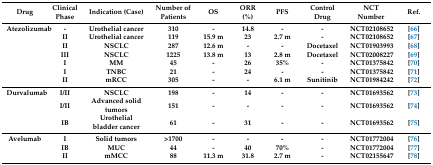
<table><thead><tr><td><b>Drug</b></td><td><b>Clinical Phase</b></td><td><b>Indication (Case)</b></td><td><b>Number of Patients</b></td><td><b>OS</b></td><td><b>ORR (%)</b></td><td><b>PFS</b></td><td><b>Control Drug</b></td><td><b>NCT Number</b></td><td><b>Ref.</b></td></tr></thead><tbody><tr><td><b>Atezolizumab</b></td><td><b>-</b></td><td><b>Urothelial cancer</b></td><td><b>310</b></td><td><b>-</b></td><td><b>14.8</b></td><td><b>-</b></td><td><b>-</b></td><td><b>NCT02108652</b></td><td><b>[66]</b></td></tr><tr><td></td><td><b>II</b></td><td><b>Urothelial cancer</b></td><td><b>119</b></td><td><b>15.9 m</b></td><td><b>23</b></td><td><b>2.7 m</b></td><td><b>-</b></td><td><b>NCT02108652</b></td><td><b>[67]</b></td></tr><tr><td></td><td><b>II</b></td><td><b>NSCLC</b></td><td><b>287</b></td><td><b>12.6 m</b></td><td><b>-</b></td><td><b>-</b></td><td><b>Docetaxel</b></td><td><b>NCT01903993</b></td><td><b>[68]</b></td></tr><tr><td></td><td><b>III</b></td><td><b>NSCLC</b></td><td><b>1225</b></td><td><b>13.8 m</b></td><td><b>13</b></td><td><b>2.8 m</b></td><td><b>Docetaxel</b></td><td><b>NCT02008227</b></td><td><b>[69]</b></td></tr><tr><td></td><td><b>I</b></td><td><b>MM</b></td><td><b>45</b></td><td><b>-</b></td><td><b>26</b></td><td><b>35%</b></td><td><b>-</b></td><td><b>NCT01375842</b></td><td><b>[70]</b></td></tr><tr><td></td><td><b>I</b></td><td><b>TNBC</b></td><td><b>21</b></td><td><b>-</b></td><td><b>24</b></td><td><b>-</b></td><td><b>-</b></td><td><b>NCT01375842</b></td><td><b>[71]</b></td></tr><tr><td></td><td><b>II</b></td><td><b>mRCC</b></td><td><b>305</b></td><td><b>-</b></td><td><b>-</b></td><td><b>6.1 m</b></td><td><b>Sunitinib</b></td><td><b>NCT01984242</b></td><td><b>[72]</b></td></tr><tr><td><b>Durvalumab</b></td><td><b>I/II</b></td><td><b>NSCLC</b></td><td><b>198</b></td><td><b>-</b></td><td><b>14</b></td><td><b>-</b></td><td><b>-</b></td><td><b>NCT01693562</b></td><td><b>[73]</b></td></tr><tr><td></td><td><b>I/II</b></td><td><b>Advanced solid tumors</b></td><td><b>151</b></td><td><b>-</b></td><td><b>-</b></td><td><b>-</b></td><td><b>-</b></td><td><b>NCT01693562</b></td><td><b>[74]</b></td></tr><tr><td></td><td><b>IB</b></td><td><b>Urothelial bladder cancer</b></td><td><b>61</b></td><td><b>-</b></td><td><b>31</b></td><td><b>-</b></td><td><b>-</b></td><td><b>NCT01693562</b></td><td><b>[75]</b></td></tr><tr><td><b>Avelumab</b></td><td><b>I</b></td><td><b>Solid tumors</b></td><td><b>&gt;1700</b></td><td><b>-</b></td><td><b>-</b></td><td><b>-</b></td><td><b>-</b></td><td><b>NCT01772004</b></td><td><b>[76]</b></td></tr><tr><td></td><td><b>IB</b></td><td><b>MUC</b></td><td><b>44</b></td><td><b>-</b></td><td><b>40</b></td><td><b>70%</b></td><td><b>-</b></td><td><b>NCT01772004</b></td><td><b>[77]</b></td></tr><tr><td></td><td><b>II</b></td><td><b>mMCC</b></td><td><b>88</b></td><td><b>11.3 m</b></td><td><b>31.8</b></td><td><b>2.7 m</b></td><td><b>-</b></td><td><b>NCT02155647</b></td><td><b>[78]</b></td></tr></tbody></table>